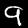
Digit: 9